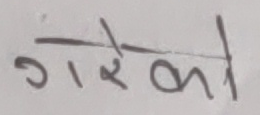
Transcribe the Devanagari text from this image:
गरेको